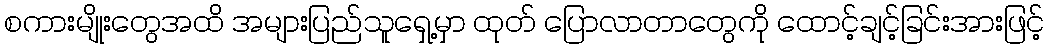
စကားမျိုးတွေအထိ အများပြည်သူရှေ့မှာ ထုတ် ပြောလာတာတွေကို ထောင့်ချင့်ခြင်းအားဖြင့်